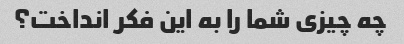
چه چیزی شما را به این فکر انداخت؟